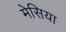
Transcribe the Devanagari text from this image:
मेसिया